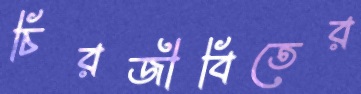
চিরজীবিতের